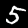
Digit: 5